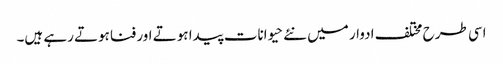
اسی طرح مختلف ادوار میں نئے حیوانات پیدا ہوتے اور فناہوتے رہے ہیں۔